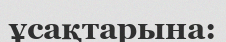
ұсақтарына: